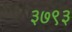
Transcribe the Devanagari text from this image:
३७९३